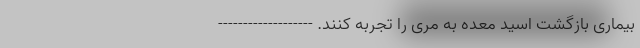
بیماری بازگشت اسید معده به مری را تجربه کنند. -------------------